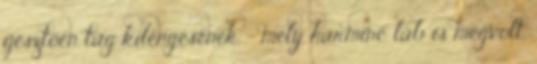
ijesztően tág kilengésének - mely harminc láb is megvolt,